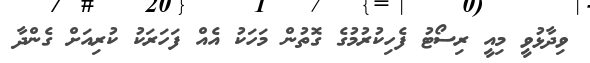
ވިދާޅުވީ މިއީ ރިސޯޓު ފެހިކުރުމުގެ ގޮތުން މަހަކު އެއް ފަހަރަކު ކުރިއަށް ގެންދާ